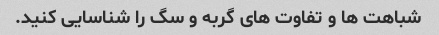
شباهت ها و تفاوت های گربه و سگ را شناسایی کنید.